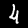
Digit: 4